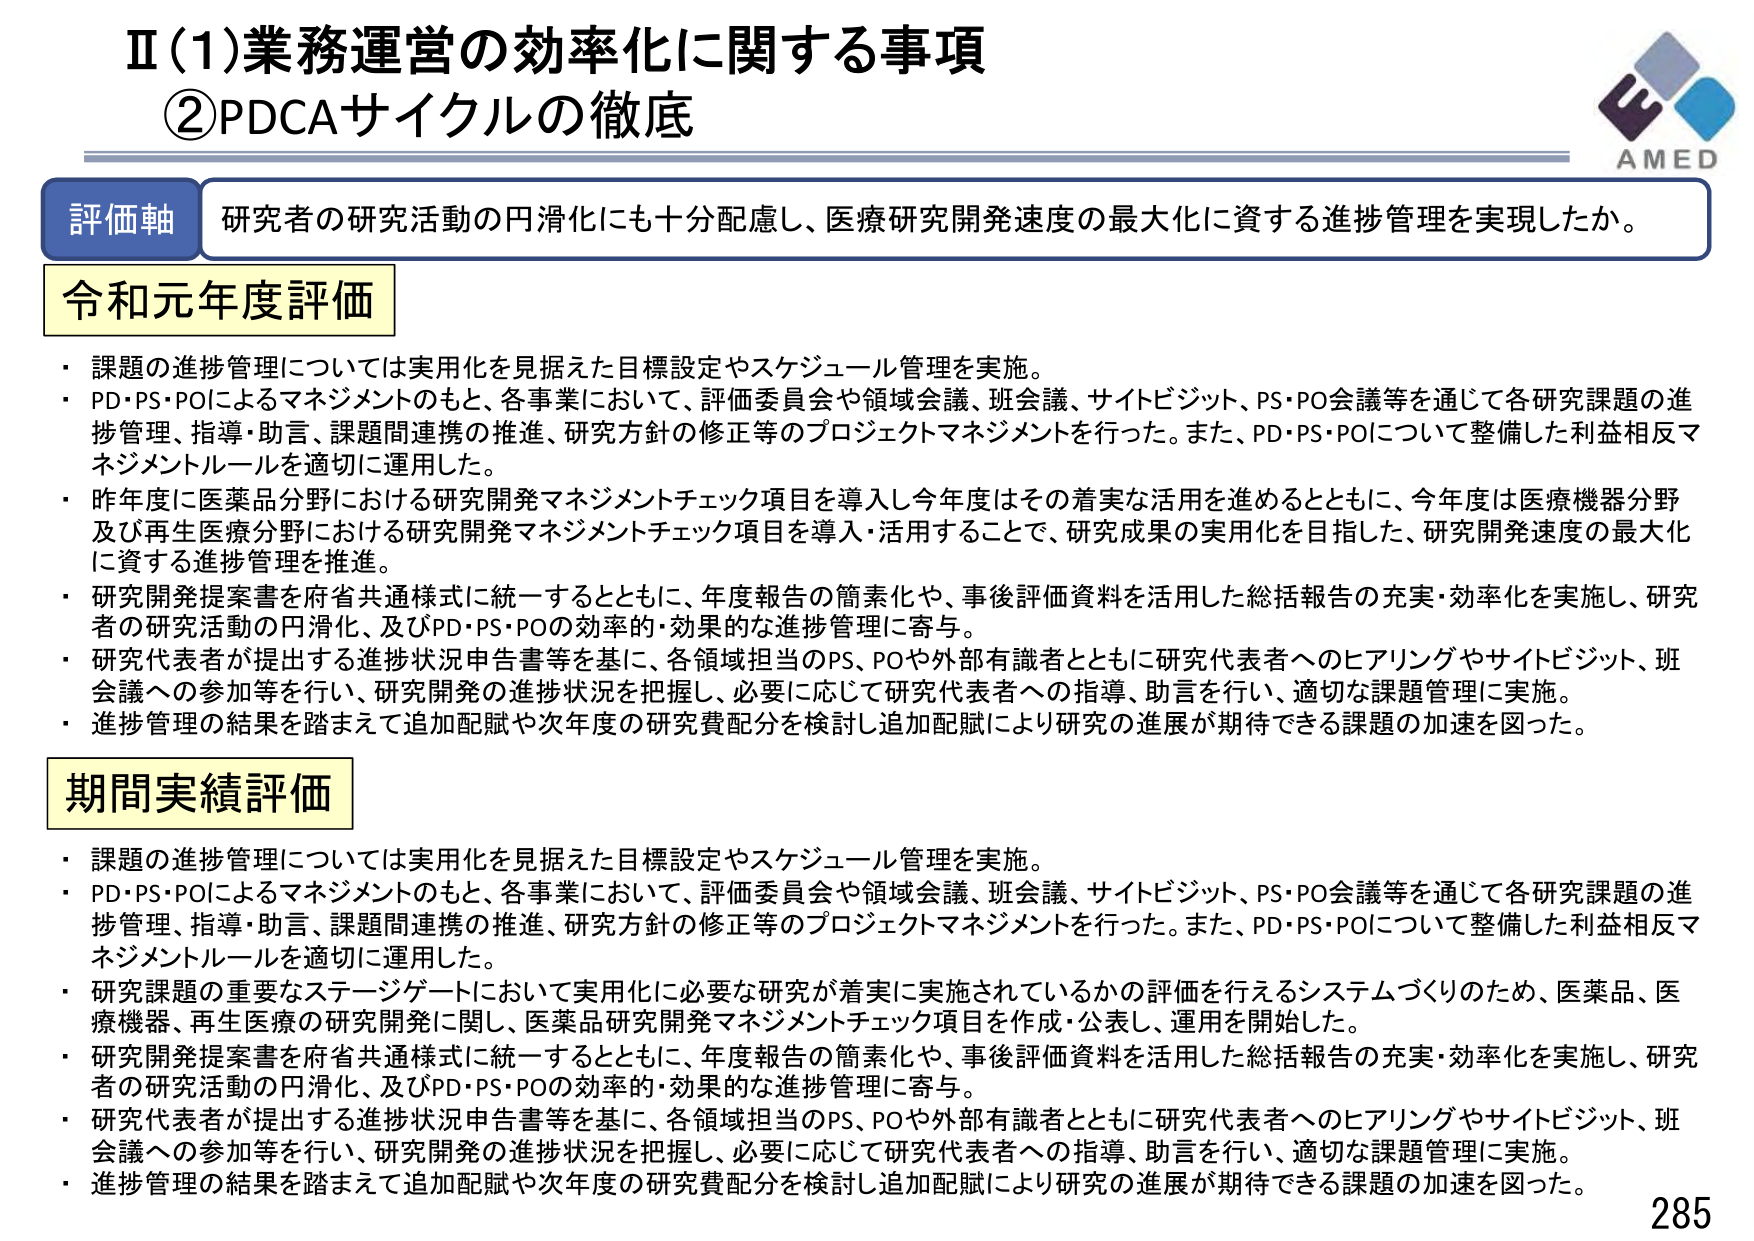
Ⅱ(1)業務運営の効率化に関する事項
②PDCAサイクルの徹底

評価軸 研究者の研究活動の円滑化にも十分配慮し、医療研究開発速度の最大化に資する進捗管理を実現したか。

令和元年度評価
・課題の進捗管理については実用化を見据えた目標設定やスケジュール管理を実施。
・PD・PS・POによるマネジメントのもと、各事業において、評価委員会や領域会議、班会議、サイトビジット、PS・PO会議等を通じて各研究課題の進捗管理、指導・助言、課題間連携の推進、研究方針の修正等のプロジェクトマネジメントを行った。また、PD・PS・POについて整備した利益相反マネジメントルールを適切に運用した。
・昨年度に医薬品分野における研究開発マネジメントチェック項目を導入し今年度はその着実な活用を進めるとともに、今年度は医療機器分野及び再生医療分野における研究開発マネジメントチェック項目を導入・活用することで、研究成果の実用化を目指した、研究開発速度の最大化に資する進捗管理を推進。
・研究開発提案書を府省共通様式に統一するとともに、年度報告の簡素化や、事後評価資料を活用した総括報告の充実・効率化を実施し、研究者の研究活動の円滑化、及びPD・PS・POの効率的・効果的な進捗管理に寄与。
・研究代表者が提出する進捗状況申告書等を基に、各領域担当のPS、POや外部有識者とともに研究代表者へのヒアリングやサイトビジット、班会議への参加等を行い、研究開発の進捗状況を把握し、必要に応じて研究代表者への指導、助言を行い、適切な課題管理に実施。
・進捗管理の結果を踏まえて追加配賦や次年度の研究費配分を検討し追加配賦により研究の進展が期待できる課題の加速を図った。

期間実績評価
・課題の進捗管理については実用化を見据えた目標設定やスケジュール管理を実施。
・PD・PS・POによるマネジメントのもと、各事業において、評価委員会や領域会議、班会議、サイトビジット、PS・PO会議等を通じて各研究課題の進捗管理、指導・助言、課題間連携の推進、研究方針の修正等のプロジェクトマネジメントを行った。また、PD・PS・POについて整備した利益相反マネジメントルールを適切に運用した。
・研究課題の重要なステージゲートにおいて実用化に必要な研究が着実に実施されているかの評価を行えるシステムづくりのため、医薬品、医療機器、再生医療の研究開発に関し、医薬品研究開発マネジメントチェック項目を作成・公表し、運用を開始した。
・研究開発提案書を府省共通様式に統一するとともに、年度報告の簡素化や、事後評価資料を活用した総括報告の充実・効率化を実施し、研究者の研究活動の円滑化、及びPD・PS・POの効率的・効果的な進捗管理に寄与。
・研究代表者が提出する進捗状況申告書等を基に、各領域担当のPS、POや外部有識者とともに研究代表者へのヒアリングやサイトビジット、班会議への参加等を行い、研究開発の進捗状況を把握し、必要に応じて研究代表者への指導、助言を行い、適切な課題管理に実施。
・進捗管理の結果を踏まえて追加配賦や次年度の研究費配分を検討し追加配賦により研究の進展が期待できる課題の加速を図った。

AMED
285